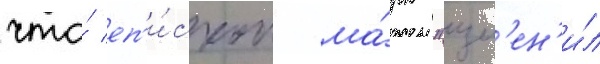
что́ еп'и́скоп ма́рк "изм'ен'и́л